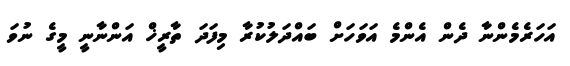
އަހަރެމެންނާ ދެން އެންމެ އަވަހަށް ބައްދަލުކުރާ މިފަދަ ތާރީޚް އަންނާނީ މީގެ ނުވަ